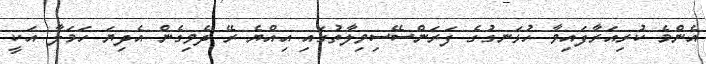
އެންމެ ކުރިއަރާފައިވާ ހުޅަނގުގެ ފަރަންސޭސިވިލާތުގައި އިއްޔެ ރޭ ދެވިގެން އެދިޔަ ހަމަލާ އަކީ